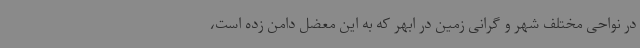
در نواحی مختلف شهر و گرانی زمین در ابهر که به این معضل دامن زده است،